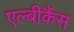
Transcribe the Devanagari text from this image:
एल्‍बीकैंस